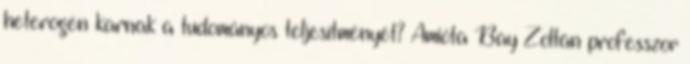
heterogén karnak a tudományos teljesítményét? Amióta Bay Zoltán professzor